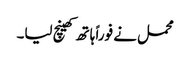
محمل نے فوراً ہاتھ کھینچ لیا۔